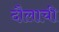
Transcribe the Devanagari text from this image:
दौलाची